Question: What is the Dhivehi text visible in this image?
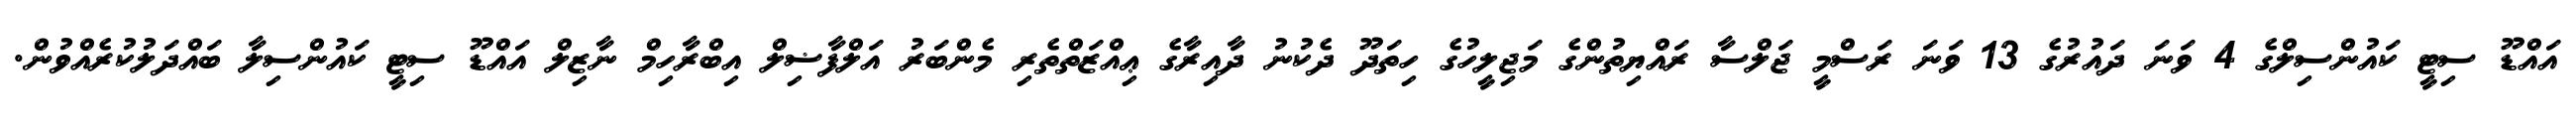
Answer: އައްޑޫ ސިޓީ ކައުންސިލްގެ 4 ވަނަ ދައުރުގެ 13 ވަނަ ރަސްމީ ޖަލްސާ ރައްޔިތުންގެ މަޖިލީހުގެ ހިތަދޫ ދެކުނު ދާއިރާގެ ޢިއްޒަތްތެރި މެންބަރު އަލްފާޟިލް އިބްރާހިމް ނާޒިލް އައްޑޫ ސިޓީ ކައުންސިލާ ބައްދަލުކުރެއްވުން.